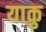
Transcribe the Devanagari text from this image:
याकु